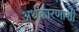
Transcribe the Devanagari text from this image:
अर्थकारणाशी